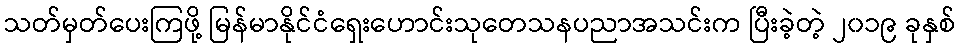
သတ်မှတ်ပေးကြဖို့ မြန်မာနိုင်ငံရှေးဟောင်းသုတေသနပညာအသင်းက ပြီးခဲ့တဲ့ ၂၀၁၉ ခုနှစ်